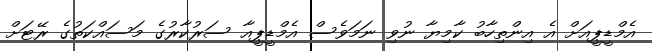
އެމްޑީޕީއަށް އެ އިންތިހާބު ކާމިޔާ ނުވި ނަމަވެސް އެމްޑީޕީއާ ސަރުކާރުގެ މަސައްކަތުގެ ރޭޓަށް